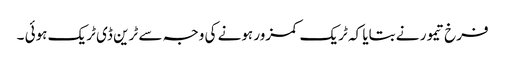
فرخ تیمور نے بتایا کہ ٹریک کمزور ہونے کی وجہ سے ٹرین ڈی ٹریک ہوئی ۔